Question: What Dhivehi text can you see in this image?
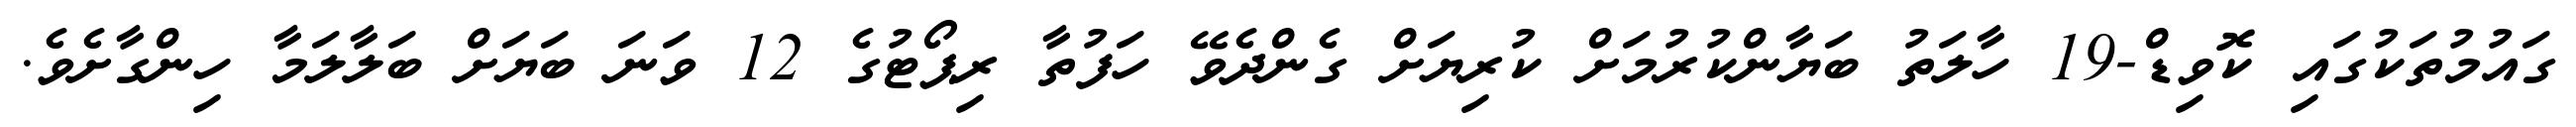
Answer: ގައުމުތަކުގައި ކޮވިޑް-19 ހާލަތު ބަޔާންކުރުމަށް ކުރިޔަށް ގެންދެވޭ ހަފުތާ ރިޕޯޓުގެ 12 ވަނަ ބަޔަށް ބަލާލަމާ ހިންގާށެވެ.